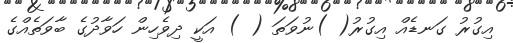
އިގުރު ގަނޑެއް އިގުރު( )ނުވަތަ ( ) އަކީ ދިވެހިން ހަވާދުގެ ބާވަތެއްގެ